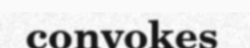
convokes